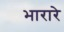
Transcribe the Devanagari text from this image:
भारारे